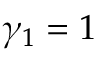
\gamma _ { 1 } = 1